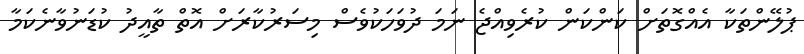
ޕުލޭންތަކާ އެއްގޮތަށް ކަންކަން ކުރެވިއްޖެ ނަމަ ދުވަހަކުވެސް މިސަރުކާރަށް އޮތް ތާއީދު ކުޑަނުވާނެކަމާ